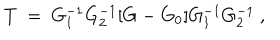
LaTeX: T \ = \ G _ { 1 } ^ { - 1 } G _ { 2 } ^ { - 1 } [ G - G _ { 0 } ] G _ { 1 } ^ { - 1 } G _ { 2 } ^ { - 1 } \ ,